Punjab Mental Hospital Lahore 1922-31 - 1922-1931
Year: 1922
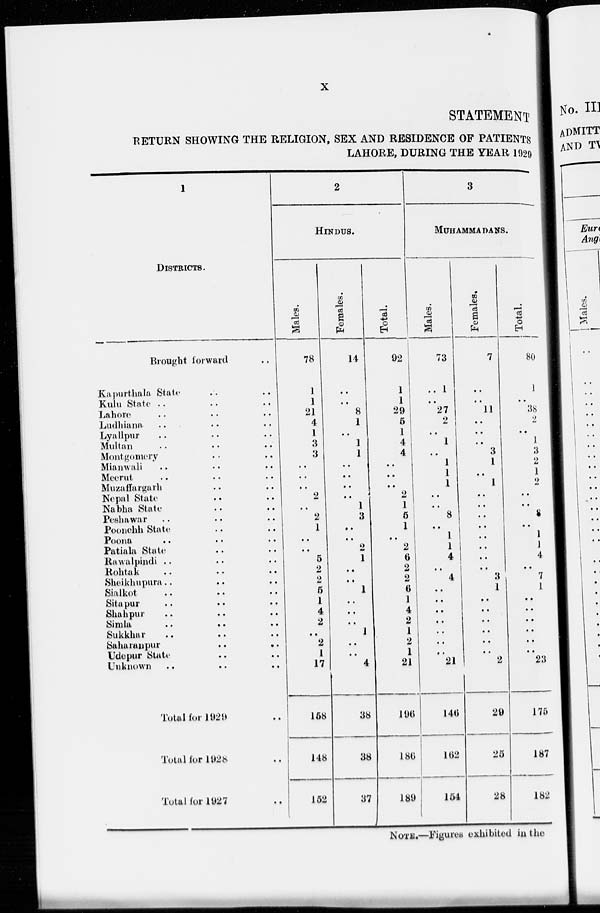
x
STATEMENT
RETURN SHOWING THE RELIGION, SEX AND RESIDENCE OF PATIENTS
LAHORE, DURING THE YEAR 1929
1
DISTRICTS.
Brought forward .. .. ..
Kapurthala State
..
..
..
Kulu State .. .. ..
Lahore.. .. ..
Ludhiana.. .. ..
Lyallpur.. .. ..
Multan.. .. ..
Montgomery.. .. ..
Mianwali
..
..
..
Meerut.. .. ..
Muzaffargarh .. ..
Nepal State.. .. ..
Nabha State.. .. ..
Peshawar.. .. ..
Poonchh State .. ..
Poona
..
..
..
Patiala State.. .. ..
Rawalpindi.. .. ..
Rohtak
..
..
..
Sheikhupura.. .. ..
Sialkot.. .. ..
Sitapur.. .. ..
Shahpur.. .. ..
Simla
..
..
..
Sukkhar.. .. ..
Saharanpur
..
..
..
Udepur State.. .. ..
Unknown.. .. ..
Total for 1929 ..
Total for 1928 ..
Total for 1927 ..
2
HINDUS.
Males.
78
1
1
21
4
1
3
3
..
..
..
2
..
2
1
..
..
5
2
2
5
1
4
2
..
2
1
17
158
148
152
Females.
14
..
..
8
1
..
1
1
..
..
..
..
1
3
..
..
2
1
..
..
1
..
..
..
1
..
..
4
38
38
37
Total.
92
1
1
29
5
1
4
4
..
..
..
2
1
5
1
..
2
6
2
2
6
1
4
2
1
2
1
21
196
186
189
3
MUHAMMADANS.
Males.
73
1
..
27
2
..
1
..
1
1
1
..
..
8
..
1
1
4
..
4
..
..
..
..
..
..
..
21
146
162
154
Females.
7
..
..
11
..
..
..
3
1
..
1
..
..
..
..
..
..
..
..
3
1
..
..
..
..
..
..
2
29
25
28
Total.
80
1
..
38
2
..
1
3
2
1
2
..
..
8
..
1
1
4
..
7
1
..
..
..
..
..
..
23
175
187
182
NOTE.—Figures exhibited in the